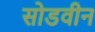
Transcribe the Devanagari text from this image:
सोडवीन